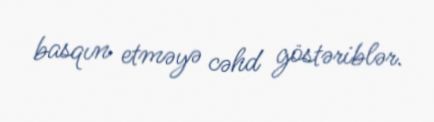
basqın etməyə cəhd göstəriblər.